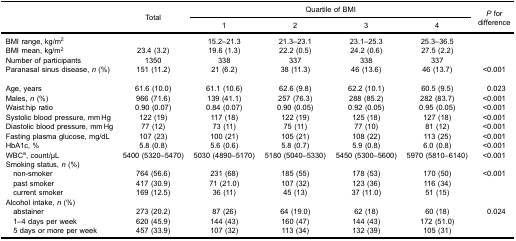
<table><thead><tr><td rowspan="3"><b> </b></td><td rowspan="3"><b>Total</b></td><td colspan="4"><b>Quartile of BMI</b></td><td rowspan="3"><b><i>P</i> fordifference</b></td></tr><tr><td><b>1</b></td><td><b>2</b></td><td><b>3</b></td><td><b>4</b></td></tr></thead><tbody><tr><td>BMI range, kg/m<sup>2</sup></td><td> </td><td>15.2–21.3</td><td>21.3–23.1</td><td>23.1–25.3</td><td>25.3–36.5</td><td> </td></tr><tr><td>BMI mean, kg/m<sup>2</sup></td><td>23.4 (3.2)</td><td>19.6 (1.3)</td><td>22.2 (0.5)</td><td>24.2 (0.6)</td><td>27.5 (2.2)</td><td> </td></tr><tr><td>Number of participants</td><td>1350</td><td>338</td><td>337</td><td>338</td><td>337</td><td> </td></tr><tr><td>Paranasal sinus disease, <i>n</i> (%)</td><td>151 (11.2)</td><td>21 (6.2)</td><td>38 (11.3)</td><td>46 (13.6)</td><td>46 (13.7)</td><td>&lt;0.001</td></tr><tr><td>Age, years</td><td>61.6 (10.0)</td><td>61.1 (10.6)</td><td>62.6 (9.8)</td><td>62.2 (10.1)</td><td>60.5 (9.5)</td><td>0.023</td></tr><tr><td>Males, <i>n</i> (%)</td><td>966 (71.6)</td><td>139 (41.1)</td><td>257 (76.3)</td><td>288 (85.2)</td><td>282 (83.7)</td><td>&lt;0.001</td></tr><tr><td>Waist:hip ratio</td><td>0.90 (0.07)</td><td>0.84 (0.07)</td><td>0.90 (0.05)</td><td>0.92 (0.05)</td><td>0.95 (0.05)</td><td>&lt;0.001</td></tr><tr><td>Systolic blood pressure, mm Hg</td><td>122 (19)</td><td>117 (18)</td><td>122 (19)</td><td>125 (18)</td><td>127 (18)</td><td>&lt;0.001</td></tr><tr><td>Diastolic blood pressure, mm Hg</td><td>77 (12)</td><td>73 (11)</td><td>75 (11)</td><td>77 (10)</td><td>81 (12)</td><td>&lt;0.001</td></tr><tr><td>Fasting plasma glucose, mg/dL</td><td>107 (23)</td><td>100 (21)</td><td>105 (21)</td><td>108 (22)</td><td>113 (25)</td><td>&lt;0.001</td></tr><tr><td>HbA1c, %</td><td>5.8 (0.8)</td><td>5.6 (0.6)</td><td>5.8 (0.7)</td><td>5.9 (0.8)</td><td>6.0 (0.8)</td><td>&lt;0.001</td></tr><tr><td>WBC<sup>a</sup>, count/μL</td><td>5400 (5320–5470)</td><td>5030 (4890–5170)</td><td>5180 (5040–5330)</td><td>5450 (5300–5600)</td><td>5970 (5810–6140)</td><td>&lt;0.001</td></tr><tr><td>Smoking status, <i>n</i> (%)</td><td> </td><td> </td><td> </td><td> </td><td> </td><td> </td></tr><tr><td> non-smoker</td><td>764 (56.6)</td><td>231 (68)</td><td>185 (55)</td><td>178 (53)</td><td>170 (50)</td><td>&lt;0.001</td></tr><tr><td> past smoker</td><td>417 (30.9)</td><td>71 (21.0)</td><td>107 (32)</td><td>123 (36)</td><td>116 (34)</td><td> </td></tr><tr><td> current smoker</td><td>169 (12.5)</td><td>36 (11)</td><td>45 (13)</td><td>37 (11.0)</td><td>51 (15)</td><td> </td></tr><tr><td>Alcohol intake, <i>n</i> (%)</td><td> </td><td> </td><td> </td><td> </td><td> </td><td> </td></tr><tr><td> abstainer</td><td>273 (20.2)</td><td>87 (26)</td><td>64 (19.0)</td><td>62 (18)</td><td>60 (18)</td><td>0.024</td></tr><tr><td> 1–4 days per week</td><td>620 (45.9)</td><td>144 (43)</td><td>160 (47)</td><td>144 (43)</td><td>172 (51.0)</td><td> </td></tr><tr><td> 5 days or more per week</td><td>457 (33.9)</td><td>107 (32)</td><td>113 (34)</td><td>132 (39)</td><td>105 (31)</td><td> </td></tr></tbody></table>